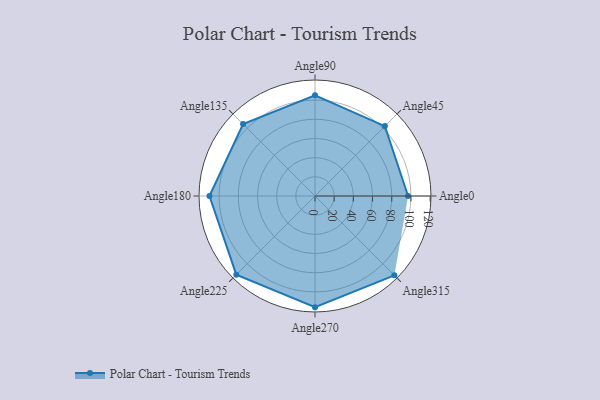
{"axis": {"x": "Angle", "y": "Radius"}, "legend": [""], "data": [{"x": "Angle0", "y": 97.0, "type": ""}, {"x": "Angle45", "y": 103.0, "type": ""}, {"x": "Angle90", "y": 105.0, "type": ""}, {"x": "Angle135", "y": 106.0, "type": ""}, {"x": "Angle180", "y": 110.0, "type": ""}, {"x": "Angle225", "y": 116.0, "type": ""}, {"x": "Angle270", "y": 116.0, "type": ""}, {"x": "Angle315", "y": 117.0, "type": ""}]}